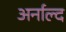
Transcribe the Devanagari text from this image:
अर्नाल्द